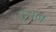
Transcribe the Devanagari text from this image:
टूयन